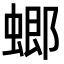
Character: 𧎟